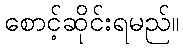
စောင့်ဆိုင်းရမည်။